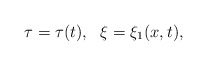
\begin{align*}\tau=\tau(t),~~\xi=\xi_1(x,t), \\\end{align*}